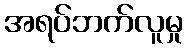
အရပ်ဘက်လူမှု